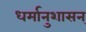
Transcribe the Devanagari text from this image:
धर्मानुशासन्